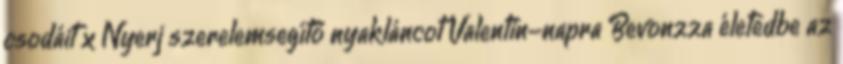
csodáit x Nyerj szerelemsegítő nyakláncot Valentin-napra Bevonzza életedbe az